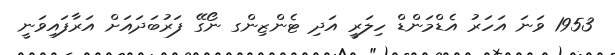
1953 ވަނަ އަހަރު އެޑްމަންޑް ހިލަރީ އަދި ޓެންޒިންގ ނޯގޭ ފަރުބަދައަށް އަރާފައިވަނީ